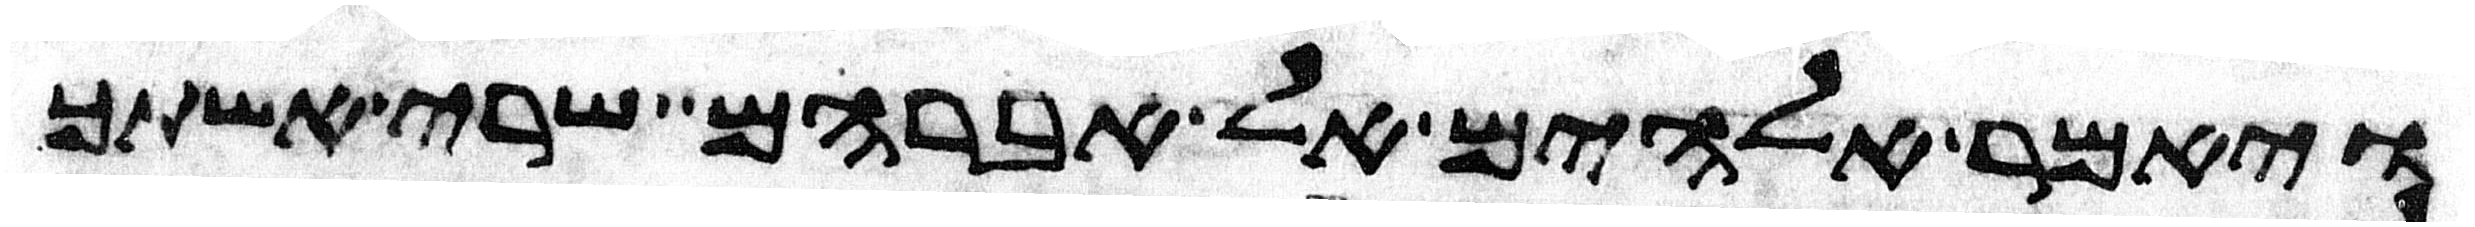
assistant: ויאמר אלהים אל אברהם שרי אשתך